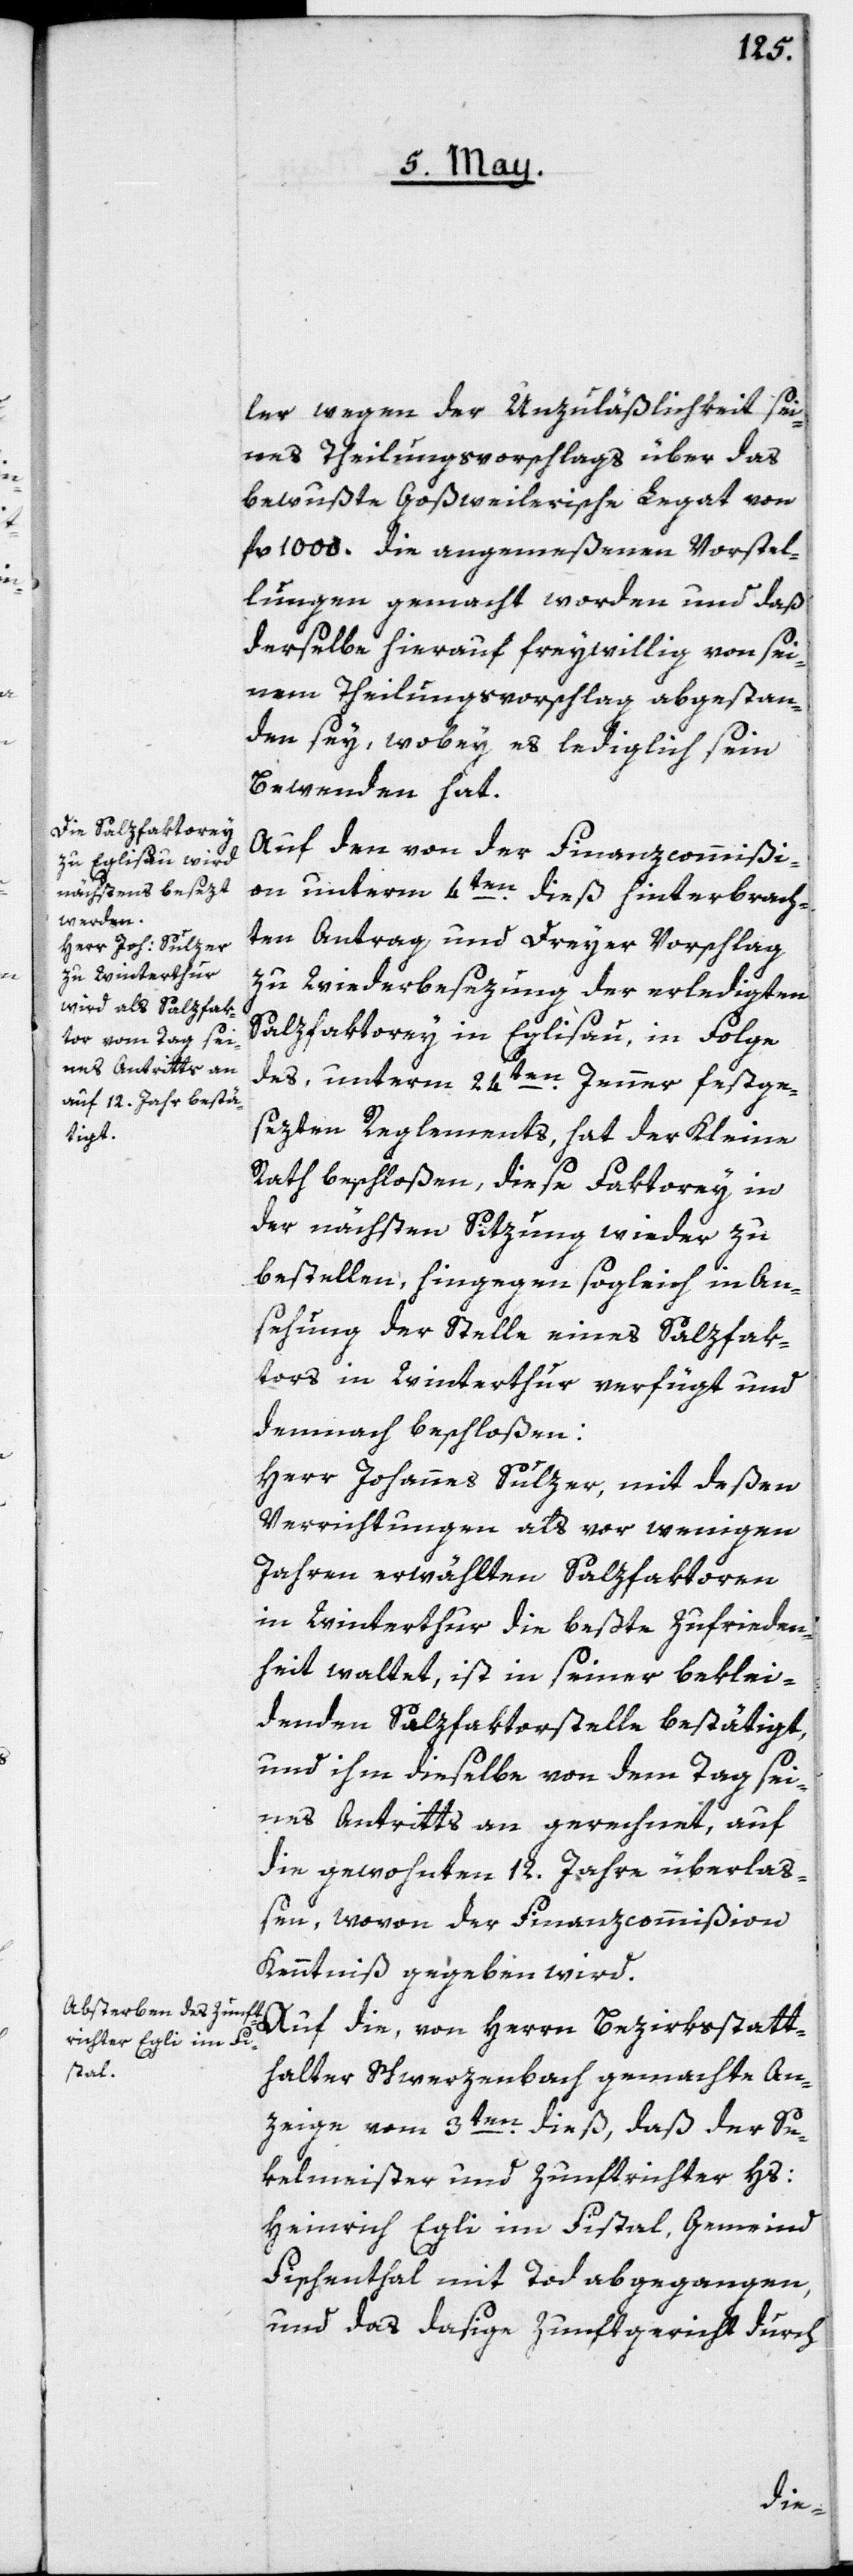
ler wegen der Unzuläßigkeit sei¬
nes Theilungsvorschlags über das
bewußte Goßweilerische Legat von
fl. 1000. die angemeßenen Vorstel¬
lungen gemacht worden und daß
derselbe hierauf freywillig von sei¬
nem Theilungsvorschlag abgestan¬
den sey, wobey es lediglich sein
Bewenden hat.
Auf den von der Finanzcommißi¬
on unterm 4ten dieß hinterbrach¬
ten Antrag und Dreyer Vorschlag
zu Wiederbesezung der erledigten
Salzfaktorey in Eglisau, in Folge
des, unterm 24ten Jenner festge¬
sezten Reglements, hat der Kleine
Rath beschloßen, diese Faktorey in
der nächsten Sizung wieder zu
bestellen, hingegen sogleich in An¬
sehung der Stelle eines Salzfak¬
tors in Winterthur verfügt und
demnach beschloßen:
Herr Johannes Sulzer, mit deßen
Verrichtungen als vor wenigen
Jahren erwählten Salzfaktoren
in Winterthur die beßte Zufrieden¬
heit waltet, ist in seiner beklei¬
denden Salzfaktorstelle bestätigt,
und ihm dieselbe von dem Tag sei¬
nes Antritts an gerechnet, auf
die gewohnten 12. Jahre überlaß¬
en, wovon der Finanzcommißion
Kenntniß gegeben wird.
Auf die, von Herrn Bezirksstatt¬
halter Schwerzenbach gemachte An¬
zeige vom 3ten dieß, daß der Se¬
kelmeister und Zunftrichter Hs:
Heinrich Egli im Fistel, Gemeind
Fischenthal, mit Tod abgegangen,
und das dasige Zunftgericht durch